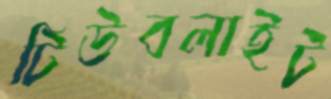
টিউবলাইট